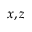
x , z